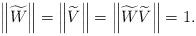
LaTeX: \begin{align*}\left\| \widetilde{W}\right\| =\left\| \widetilde{V}\right\| =\left\| \widetilde{W}\widetilde{V}\right\| =1.\end{align*}